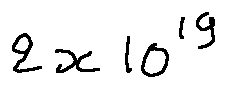
2 x 1 0 ^ { 1 9 }